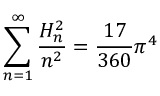
\sum _ { n = 1 } ^ { \infty } { \frac { H _ { n } ^ { 2 } } { n ^ { 2 } } } = { \frac { 1 7 } { 3 6 0 } } \pi ^ { 4 }